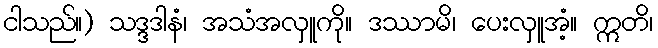
ငါသည်။) သဒ္ဒဒါနံ၊ အသံအလှူကို။ ဒဿာမိ၊ ပေးလှူအံ့။ ဣတိ၊